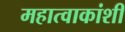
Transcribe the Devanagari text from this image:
महात्वाकांशी